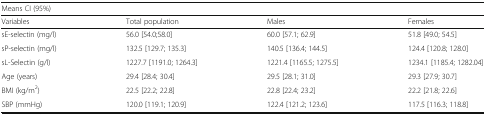
<table><thead><tr><td colspan="4"><b>Means CI (95%)</b></td></tr><tr><td><b>Variables</b></td><td><b>Total population</b></td><td><b>Males</b></td><td><b>Females</b></td></tr></thead><tbody><tr><td>sE-selectin (mg/l)</td><td>56.0 [54.0;58.0]</td><td>60.0 [57.1; 62.9]</td><td>51.8 [49.0; 54.5]</td></tr><tr><td>sP-selectin (mg/l)</td><td>132.5 [129.7; 135.3]</td><td>140.5 [136.4; 144.5]</td><td>124.4 [120.8; 128.0]</td></tr><tr><td>sL-Selectin (g/l)</td><td>1227.7 [1191.0; 1264.3]</td><td>1221.4 [1165.5; 1275.5]</td><td>1234.1 [1185.4; 1282.04]</td></tr><tr><td>Age (years)</td><td>29.4 [28.4; 30.4]</td><td>29.5 [28.1; 31.0]</td><td>29.3 [27.9; 30.7]</td></tr><tr><td>BMI (kg/m<sup>2</sup>)</td><td>22.5 [22.2; 22.8]</td><td>22.8 [22.4; 23.2]</td><td>22.2 [21.8; 22.6]</td></tr><tr><td>SBP (mmHg)</td><td>120.0 [119.1; 120.9]</td><td>122.4 [121.2; 123.6]</td><td>117.5 [116.3; 118.8]</td></tr></tbody></table>